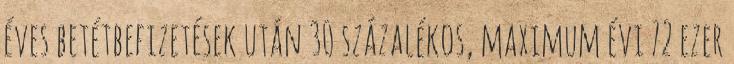
éves betétbefizetések után 30 százalékos, maximum évi 72 ezer